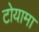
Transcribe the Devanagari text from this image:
टोयामा